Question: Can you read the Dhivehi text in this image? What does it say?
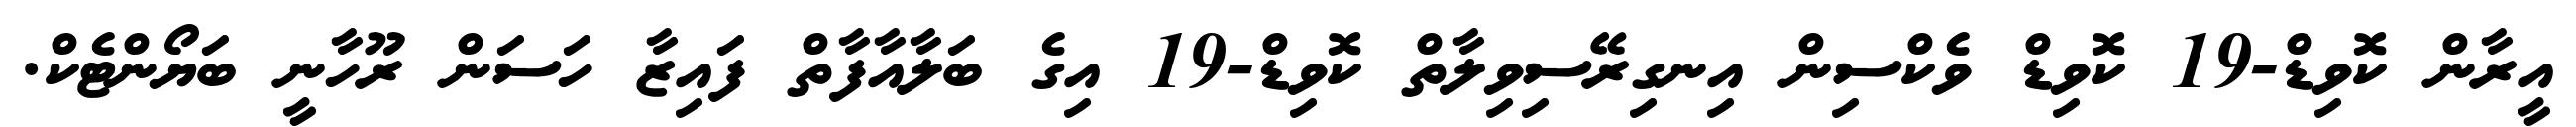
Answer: އީރާން ކޮވިޑް-19 ކޮވިޑް ވެކްސިން އިނގިރޭސިވިލާތް ކޮވިޑް-19 އިގެ ބަލާއާފާތް ފައިޒާ ހަސަން ރޫހާނީ ބަޔޯންޓެކް.